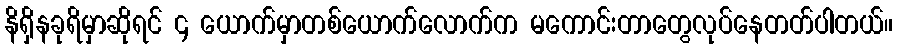
နိရှိနခုရိမှာဆိုရင် ၄ ယောက်မှာတစ်ယောက်လောက်က မကောင်းတာတွေလုပ်နေတတ်ပါတယ်။